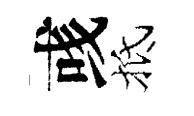
彧抵